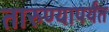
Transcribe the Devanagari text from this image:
तारुण्यापर्यंत